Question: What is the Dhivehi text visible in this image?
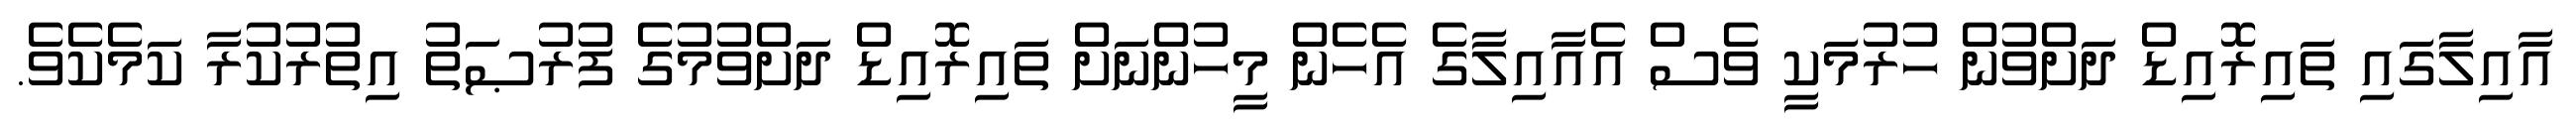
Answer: އާއިލާގައި ތައިރޮއިޑް ދަށްވުން ހުރުމަކީ ވެސް އެއާއިލާގެ އެހެން މީހުންނަށް ތައިރޮއިޑް ދަށްވުމުގެ ފުރުޞަތު އިތުރުކުރާ ކަމެކެވެ.